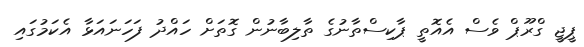
ޕީޖީ ގްރޫޕް ވެސް އެއޮތީ ޕާކިސްތާނުގެ ތާލިބާނުން ގޮތަށް ހައްދު ފަހަނައަޅާ އެކަމުގައި